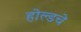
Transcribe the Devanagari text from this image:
होल्डचे